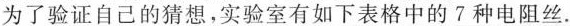
为了验证自己的猜想，实验室有如下表格中的7种电阻丝